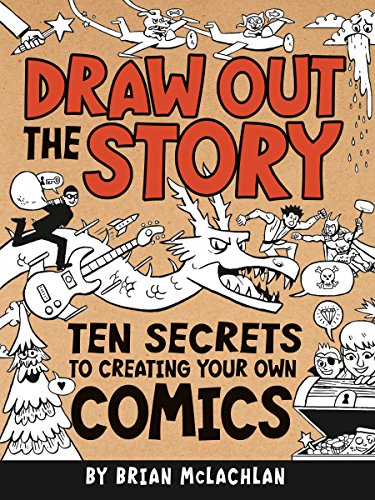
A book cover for Draw Out the Story: Ten Secrets to Creating Your Own Comics; Children's Books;